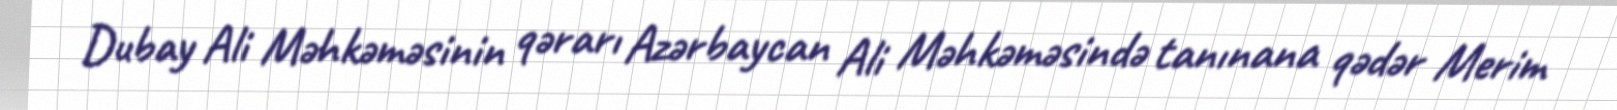
Dubay Ali Məhkəməsinin qərarı Azərbaycan Ali Məhkəməsində tanınana qədər Merim